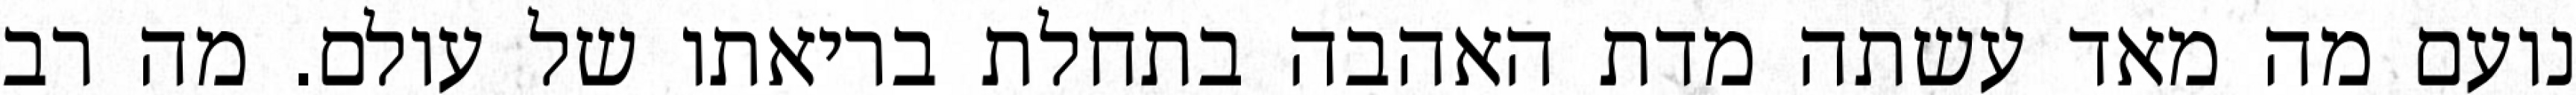
נועם מה מאד עשתה מדת האהבה בתחלת בריאתו של עולם. מה רב